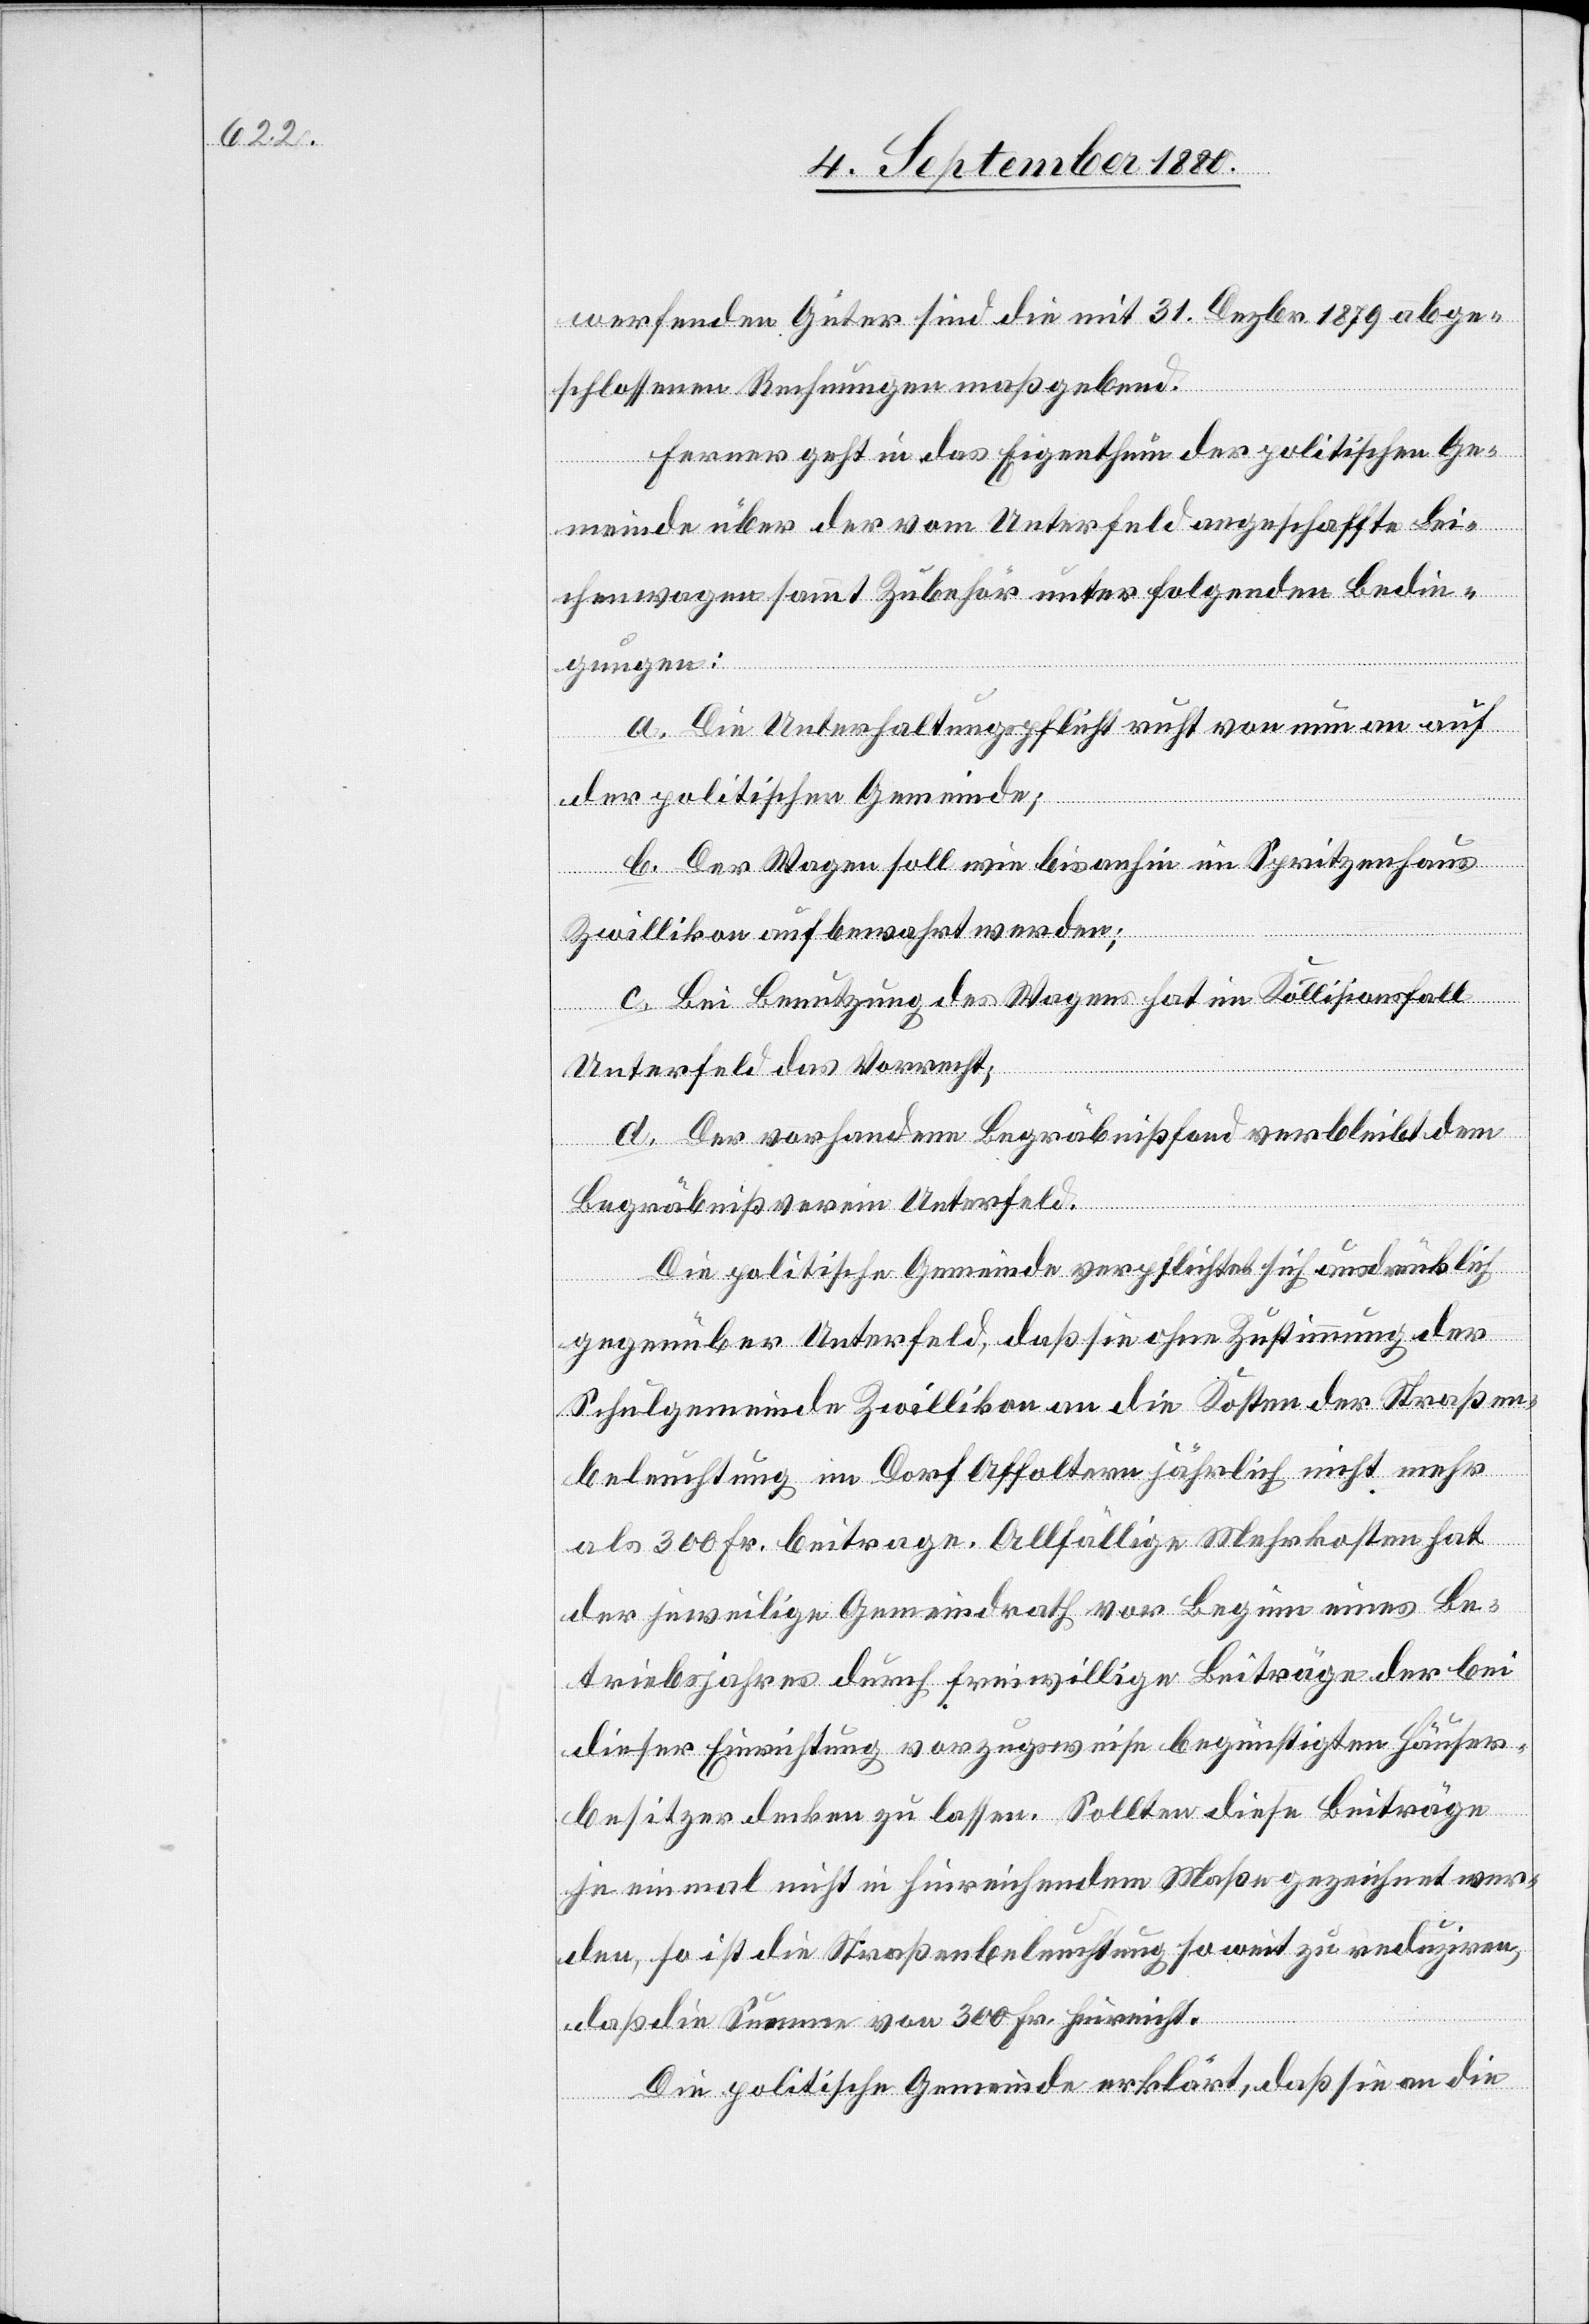
werfenden Güter sind die mit 31. Dezbr. 1879 abge¬
schlossenen Rechnungen maßgebend.
Ferner geht in das Eigenthum der politischen Ge¬
meinde über der vom Unterfeld angeschaffte Lei¬
chenwagen sammt Zubehör unter folgenden Bedin¬
gungen:
a. Die Unterhaltungspflicht ruht von nun an auf
der politischen Gemeinde;
b. Der Wagen soll wie bis anhin im Spritzenhaus
Zwillikon aufbewahrt werden;
c. Bei Benutzung des Wagens hat im Kollisionsfall
Unterfeld das Vorrecht;
d. Der Vorhandene Begräbnißfond verbleibt dem
Begräbnißverein Unterfeld.
Die politische Gemeinde verpflichtet sich ausdrücklich
gegenüber Unterfeld, daß sie ohne Zustimmung der
Schulgemeinde Zwillikon an die Kosten der Straßen¬
beleuchtung im Dorf Affoltern jährlich nicht mehr
als 300 Fr. beitrage. Allfällige Mehrkosten hat
der jeweilige Gemeindrath vor Beginn eines Be¬
triebsjahres durch freiwillige Beiträge der bei
dieser Einrichtung vorzugsweise begünstigten Häuser¬
besitzer decken zu lassen. Sollten diese Beiträge
einmal nicht in hinreichendem Maße gezeichnet wer¬
den, so ist die Straßenbeleuchtung soweit zu reduziren,
daß die Summe von 300 Fr. hinreicht.
Die politische Gemeinde erklärt, daß sie an die